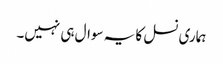
ہماری نسل کا یہ سوال ہی نہیں۔